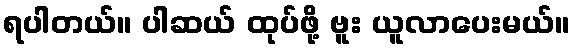
ရပါတယ်။ ပါဆယ် ထုပ်ဖို့ ဗူး ယူလာပေးမယ်။